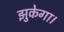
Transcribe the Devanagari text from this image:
झुकेगा।